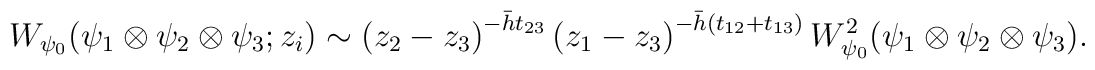
W_{\psi_{0}}(\psi_{1}\otimes\psi_{2}\otimes\psi_{3}; z_{i})\sim \left(z_{2}-z_{3}\right)^{-\bar{h} t_{23}}\left(z_{1}-z_{3}\right)^{-\bar{h}(t_{12}+t_{13})}W_{\psi_{0}}^{2}(\psi_{1}\otimes\psi_{2}\otimes\psi_{3}).